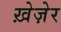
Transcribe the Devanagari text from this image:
ख़ेज़ेर